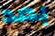
بعد